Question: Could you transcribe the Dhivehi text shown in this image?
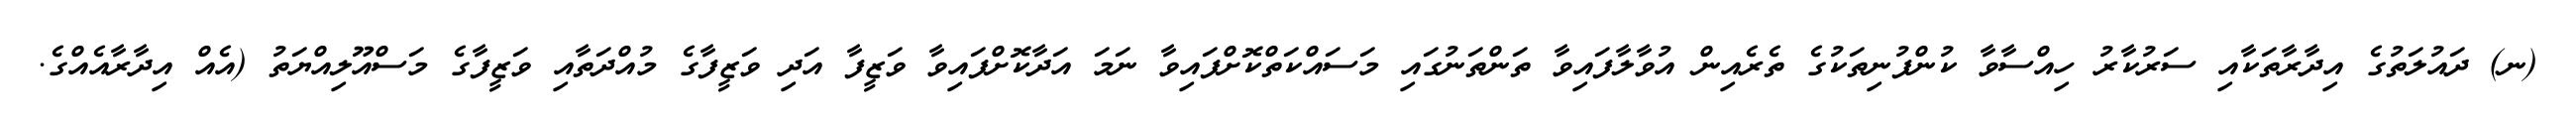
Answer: (ނ) ދައުލަތުގެ އިދާރާތަކާއި ސަރުކާރު ހިއްސާވާ ކުންފުނިތަކުގެ ތެރެއިން އުވާލާފައިވާ ތަންތަނުގައި މަސައްކަތްކޮށްފައިވާ ނަމަ އަދާކޮށްފައިވާ ވަޒީފާ އަދި ވަޒީފާގެ މުއްދަތާއި ވަޒީފާގެ މަސްއޫލިއްޔަތު (އެއް އިދާރާއެއްގެ.